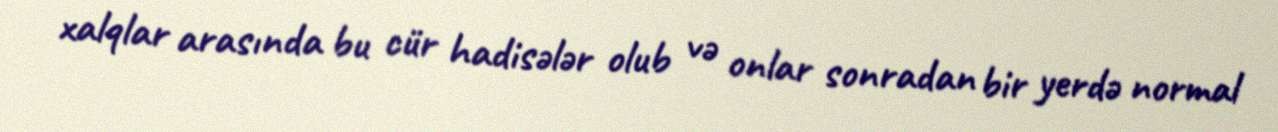
xalqlar arasında bu cür hadisələr olub və onlar sonradan bir yerdə normal